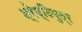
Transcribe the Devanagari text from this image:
श्रेष्ठिपुत्र